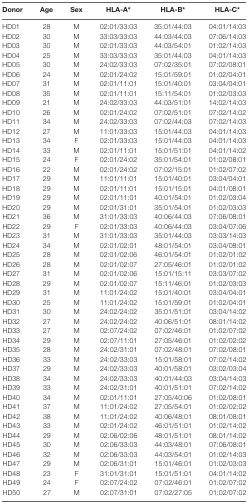
<table><thead><tr><td><b>Donor</b></td><td><b>Age</b></td><td><b>Sex</b></td><td><b>HLA-A*</b></td><td><b>HLA-B*</b></td><td><b>HLA-C*</b></td></tr></thead><tbody><tr><td>HD01</td><td>28</td><td>M</td><td>02:01/33:03</td><td>35:01/44:03</td><td>04:01/14:03</td></tr><tr><td>HD02</td><td>30</td><td>M</td><td>33:03/33:03</td><td>44:03/44:03</td><td>07:06/14:03</td></tr><tr><td>HD03</td><td>30</td><td>M</td><td>02:01/33:03</td><td>44:03/54:01</td><td>01:02/14:03</td></tr><tr><td>HD04</td><td>25</td><td>M</td><td>33:03/33:03</td><td>35:01/44:03</td><td>04:01/14:03</td></tr><tr><td>HD05</td><td>30</td><td>M</td><td>24:02/33:03</td><td>07:02/35:01</td><td>07:02/08:01</td></tr><tr><td>HD06</td><td>24</td><td>M</td><td>02:01/24:02</td><td>15:01/59:01</td><td>01:02/04:01</td></tr><tr><td>HD07</td><td>31</td><td>M</td><td>02:01/11:01</td><td>15:01/40:01</td><td>03:04/04:01</td></tr><tr><td>HD08</td><td>35</td><td>M</td><td>02:01/11:01</td><td>15:11/54:01</td><td>01:02/03:03</td></tr><tr><td>HD09</td><td>21</td><td>M</td><td>24:02/33:03</td><td>44:03/51:01</td><td>14:02/14:03</td></tr><tr><td>HD10</td><td>26</td><td>M</td><td>02:01/24:02</td><td>07:02/51:01</td><td>07:02/14:02</td></tr><tr><td>HD11</td><td>34</td><td>M</td><td>24:02/33:03</td><td>07:02/44:03</td><td>07:02/14:03</td></tr><tr><td>HD12</td><td>27</td><td>M</td><td>11:01/33:03</td><td>15:01/44:03</td><td>04:01/14:03</td></tr><tr><td>HD13</td><td>34</td><td>F</td><td>02:01/33:03</td><td>15:01/44:03</td><td>04:01/14:03</td></tr><tr><td>HD14</td><td>33</td><td>M</td><td>02:01/11:01</td><td>15:01/51:01</td><td>04:01/14:02</td></tr><tr><td>HD15</td><td>24</td><td>F</td><td>02:01/24:02</td><td>35:01/54:01</td><td>01:02/08:01</td></tr><tr><td>HD16</td><td>22</td><td>M</td><td>02:01/24:02</td><td>07:02/15:01</td><td>01:02/07:02</td></tr><tr><td>HD17</td><td>29</td><td>M</td><td>11:01/11:01</td><td>15:01/40:01</td><td>03:04/04:01</td></tr><tr><td>HD18</td><td>29</td><td>M</td><td>02:01/11:01</td><td>15:01/15:01</td><td>04:01/08:01</td></tr><tr><td>HD19</td><td>29</td><td>M</td><td>02:01/11:01</td><td>40:01/54:01</td><td>01:02/03:04</td></tr><tr><td>HD20</td><td>29</td><td>M</td><td>02:01/31:01</td><td>35:01/54:01</td><td>01:02/03:03</td></tr><tr><td>HD21</td><td>36</td><td>M</td><td>31:01/33:03</td><td>40:06/44:03</td><td>07:06/08:01</td></tr><tr><td>HD22</td><td>29</td><td>F</td><td>02:01/33:03</td><td>40:06/44:03</td><td>03:04/07:06</td></tr><tr><td>HD23</td><td>31</td><td>M</td><td>31:01/33:03</td><td>35:01/44:03</td><td>03:03/14:03</td></tr><tr><td>HD24</td><td>34</td><td>M</td><td>02:01/02:01</td><td>48:01/54:01</td><td>03:04/08:01</td></tr><tr><td>HD25</td><td>28</td><td>M</td><td>02:01/02:06</td><td>46:01/54:01</td><td>01:02/01:02</td></tr><tr><td>HD26</td><td>28</td><td>M</td><td>02:01/02:07</td><td>27:05/46:01</td><td>01:02/01:02</td></tr><tr><td>HD27</td><td>31</td><td>M</td><td>02:01/02:06</td><td>15:01/15:11</td><td>03:03/07:02</td></tr><tr><td>HD28</td><td>29</td><td>M</td><td>02:01/02:07</td><td>15:11/46:01</td><td>01:02/03:03</td></tr><tr><td>HD29</td><td>31</td><td>M</td><td>11:01/24:02</td><td>15:01/40:01</td><td>03:04/04:01</td></tr><tr><td>HD30</td><td>25</td><td>M</td><td>11:01/24:02</td><td>15:01/59:01</td><td>01:02/04:01</td></tr><tr><td>HD31</td><td>30</td><td>M</td><td>24:02/24:02</td><td>35:01/51:01</td><td>03:04/14:02</td></tr><tr><td>HD32</td><td>27</td><td>M</td><td>24:02/24:02</td><td>40:06/51:01</td><td>08:01/14:02</td></tr><tr><td>HD33</td><td>27</td><td>M</td><td>02:07/24:02</td><td>07:02/46:01</td><td>01:02/07:02</td></tr><tr><td>HD34</td><td>29</td><td>M</td><td>02:07/11:01</td><td>27:05/46:01</td><td>01:02/02:02</td></tr><tr><td>HD35</td><td>28</td><td>M</td><td>24:02/31:01</td><td>07:02/48:01</td><td>07:02/08:01</td></tr><tr><td>HD36</td><td>33</td><td>M</td><td>24:02/33:03</td><td>15:01/58:01</td><td>07:02/14:02</td></tr><tr><td>HD37</td><td>29</td><td>M</td><td>24:02/33:03</td><td>40:01/58:01</td><td>03:02/03:04</td></tr><tr><td>HD38</td><td>34</td><td>M</td><td>24:02/33:03</td><td>40:01/44:03</td><td>03:04/14:03</td></tr><tr><td>HD39</td><td>33</td><td>M</td><td>24:02/31:01</td><td>40:01/51:01</td><td>07:02/14:02</td></tr><tr><td>HD40</td><td>34</td><td>M</td><td>02:01/11:01</td><td>27:05/40:06</td><td>01:02/08:01</td></tr><tr><td>HD41</td><td>37</td><td>M</td><td>11:01/24:02</td><td>27:05/54:01</td><td>01:02/02:02</td></tr><tr><td>HD42</td><td>38</td><td>M</td><td>11:01/24:02</td><td>40:06/48:01</td><td>08:01/08:01</td></tr><tr><td>HD43</td><td>33</td><td>M</td><td>02:01/24:02</td><td>46:01/51:01</td><td>01:02/14:02</td></tr><tr><td>HD44</td><td>29</td><td>M</td><td>02:06/02:06</td><td>48:01/51:01</td><td>08:01/14:02</td></tr><tr><td>HD45</td><td>30</td><td>M</td><td>02:06/33:03</td><td>44:03/48:01</td><td>07:06/08:01</td></tr><tr><td>HD46</td><td>32</td><td>M</td><td>02:06/33:03</td><td>44:03/54:01</td><td>01:02/14:03</td></tr><tr><td>HD47</td><td>29</td><td>M</td><td>02:06/31:01</td><td>15:01/46:01</td><td>01:02/03:03</td></tr><tr><td>HD48</td><td>23</td><td>F</td><td>31:01/31:01</td><td>15:01/51:01</td><td>04:01/14:02</td></tr><tr><td>HD49</td><td>24</td><td>F</td><td>02:07/24:02</td><td>07:02/46:01</td><td>01:02/07:02</td></tr><tr><td>HD50</td><td>27</td><td>M</td><td>02:07/31:01</td><td>07:02/27:05</td><td>01:02/07:02</td></tr></tbody></table>